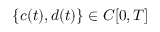
\{ c ( t ) , d ( t ) \} \in C [ 0 , T ]